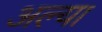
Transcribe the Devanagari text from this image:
अल्या